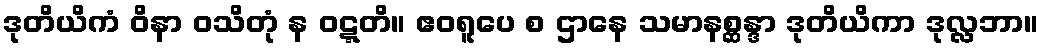
ဒုတိယိကံ ဝိနာ ဝသိတုံ န ဝဋ္ဋတိ။ ဧဝရူပေ စ ဌာနေ သမာနစ္ဆန္ဒာ ဒုတိယိကာ ဒုလ္လဘာ။